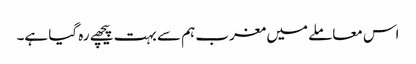
اس معاملے میں مغرب ہم سے بہت پیچھے رہ گیا ہے۔